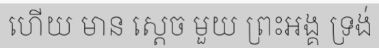
ហើយ មាន ស្តេច មួយ ព្រះអង្គ ទ្រង់